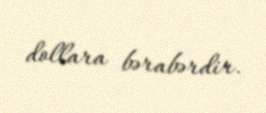
dollara bərabərdir.